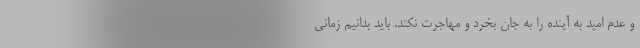
و عدم امید به آینده را به جان بخرد و مهاجرت نکند. باید بدانیم زمانی